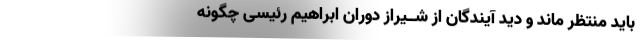
باید منتظر ماند و دید آیندگان از شــیراز دوران ابراهیم رئیسی چگونه